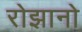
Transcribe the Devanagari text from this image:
रोझानो